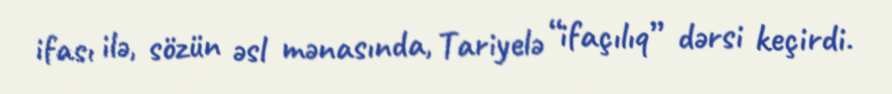
ifası ilə, sözün əsl mənasında, Tariyelə “ifaçılıq” dərsi keçirdi.